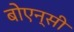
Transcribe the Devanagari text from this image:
बोएन्सी